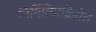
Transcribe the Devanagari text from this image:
निर्मितिप्रक्रियेत